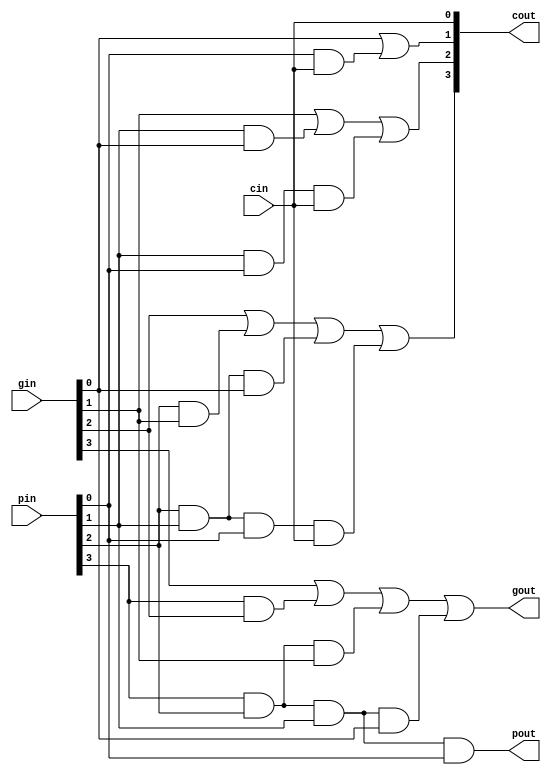
module clb(gin,pin,cin,gout,pout,cout);
// Port in declarations
	input  cin;
	input  [3:0]gin,pin;
// Port out declarations
	output gout,pout;
	output [3:0]cout;

	assign cout[0]=cin;
	assign cout[1]=gin[0]|(pin[0]&cin);
	assign cout[2]=gin[1]|(pin[1]&gin[0])|(pin[1]&pin[0]&cin);
	assign cout[3]=gin[2]|(pin[2]&gin[1])|(pin[2]&pin[1]&gin[0])|(pin[2]&pin[1]&pin[0]&cin);

	assign gout   =gin[3]|(pin[3]&gin[2])|(pin[3]&pin[2]&gin[1])|(pin[3]&pin[2]&pin[1]&gin[0]);
	assign pout   =pin[3]&pin[2]&pin[1]&pin[0];
endmodule